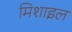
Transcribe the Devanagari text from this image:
मिशाइल